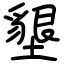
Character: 墾